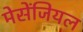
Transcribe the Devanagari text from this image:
मेसेंजियल